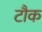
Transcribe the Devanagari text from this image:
टौक